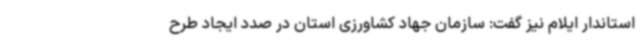
استاندار ایلام نیز گفت: سازمان جهاد کشاورزی استان در صدد ایجاد طرح